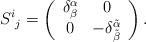
\begin{align*}S^i{}_j = \left( \begin{array}{cc} \delta^{\alpha}_{\beta} & 0 \\ 0 &-\delta^{\tilde{\alpha}}_{\tilde{\beta}} \end{array} \right) .\end{align*}